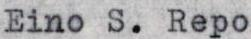
Eino S. Repo